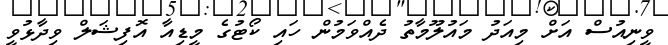
ވީނިއުސް އަށް މިއަދު މައުލޫމާތު ދެއްވަމުން ހައި ކޯޓުގެ މީޑިއާ އޮފިޝަލް ވިދާޅުވީ